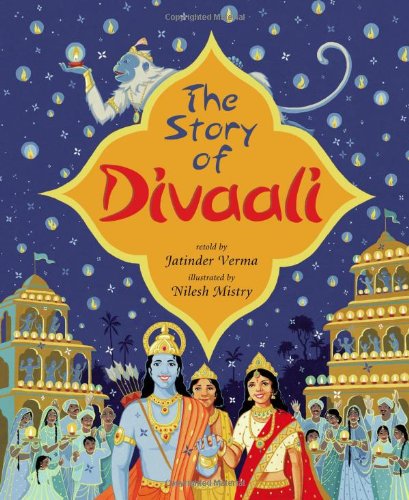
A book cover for The Story of Divaali; Valmiki; Children's Books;